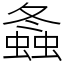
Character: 螽